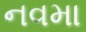
નવમા